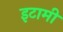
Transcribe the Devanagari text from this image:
इटामी